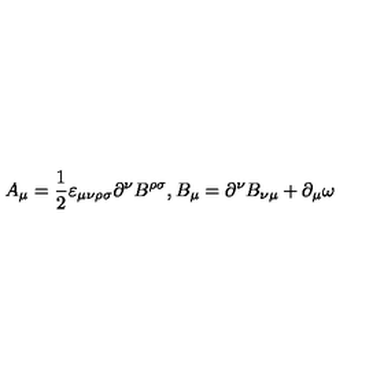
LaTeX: A _ { \mu } = \frac { 1 } { 2 } { \varepsilon } _ { \mu \nu \rho \sigma } \partial ^ { \nu } B ^ { \rho \sigma } , B _ { \mu } = \partial ^ { \nu } B _ { \nu \mu } + \partial _ { \mu } \omega